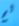
لم